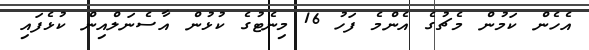
އެހެން ކަމުން މެޗުގެ އެންމެ ފަހު 16 މިނެޓުގެ ކުޅުން އާސެނަލްއިން ކުޅެފައި